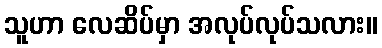
သူဟာ လေဆိပ်မှာ အလုပ်လုပ်သလား။